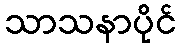
သာသနာပိုင်